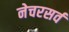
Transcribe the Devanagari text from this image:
नेचरसर्व